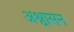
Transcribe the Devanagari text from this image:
अश्वासन